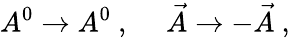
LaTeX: A^{0}\rightarrow A^{0}~,~~~~~\vec{A}\rightarrow-\vec{A}~,